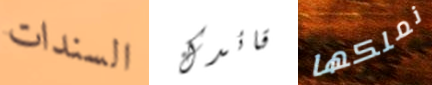
السندات قائدك نملكها